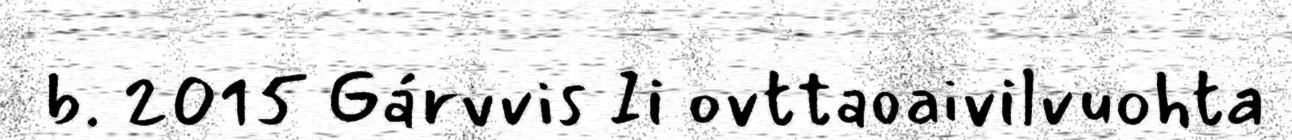
b. 2015 Gárvvis Ii ovttaoaivilvuohta